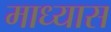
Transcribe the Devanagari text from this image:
माध्यास